NAE_ERA_R-2078_Sihtasutus_Eesti_Kontsert, lk 175
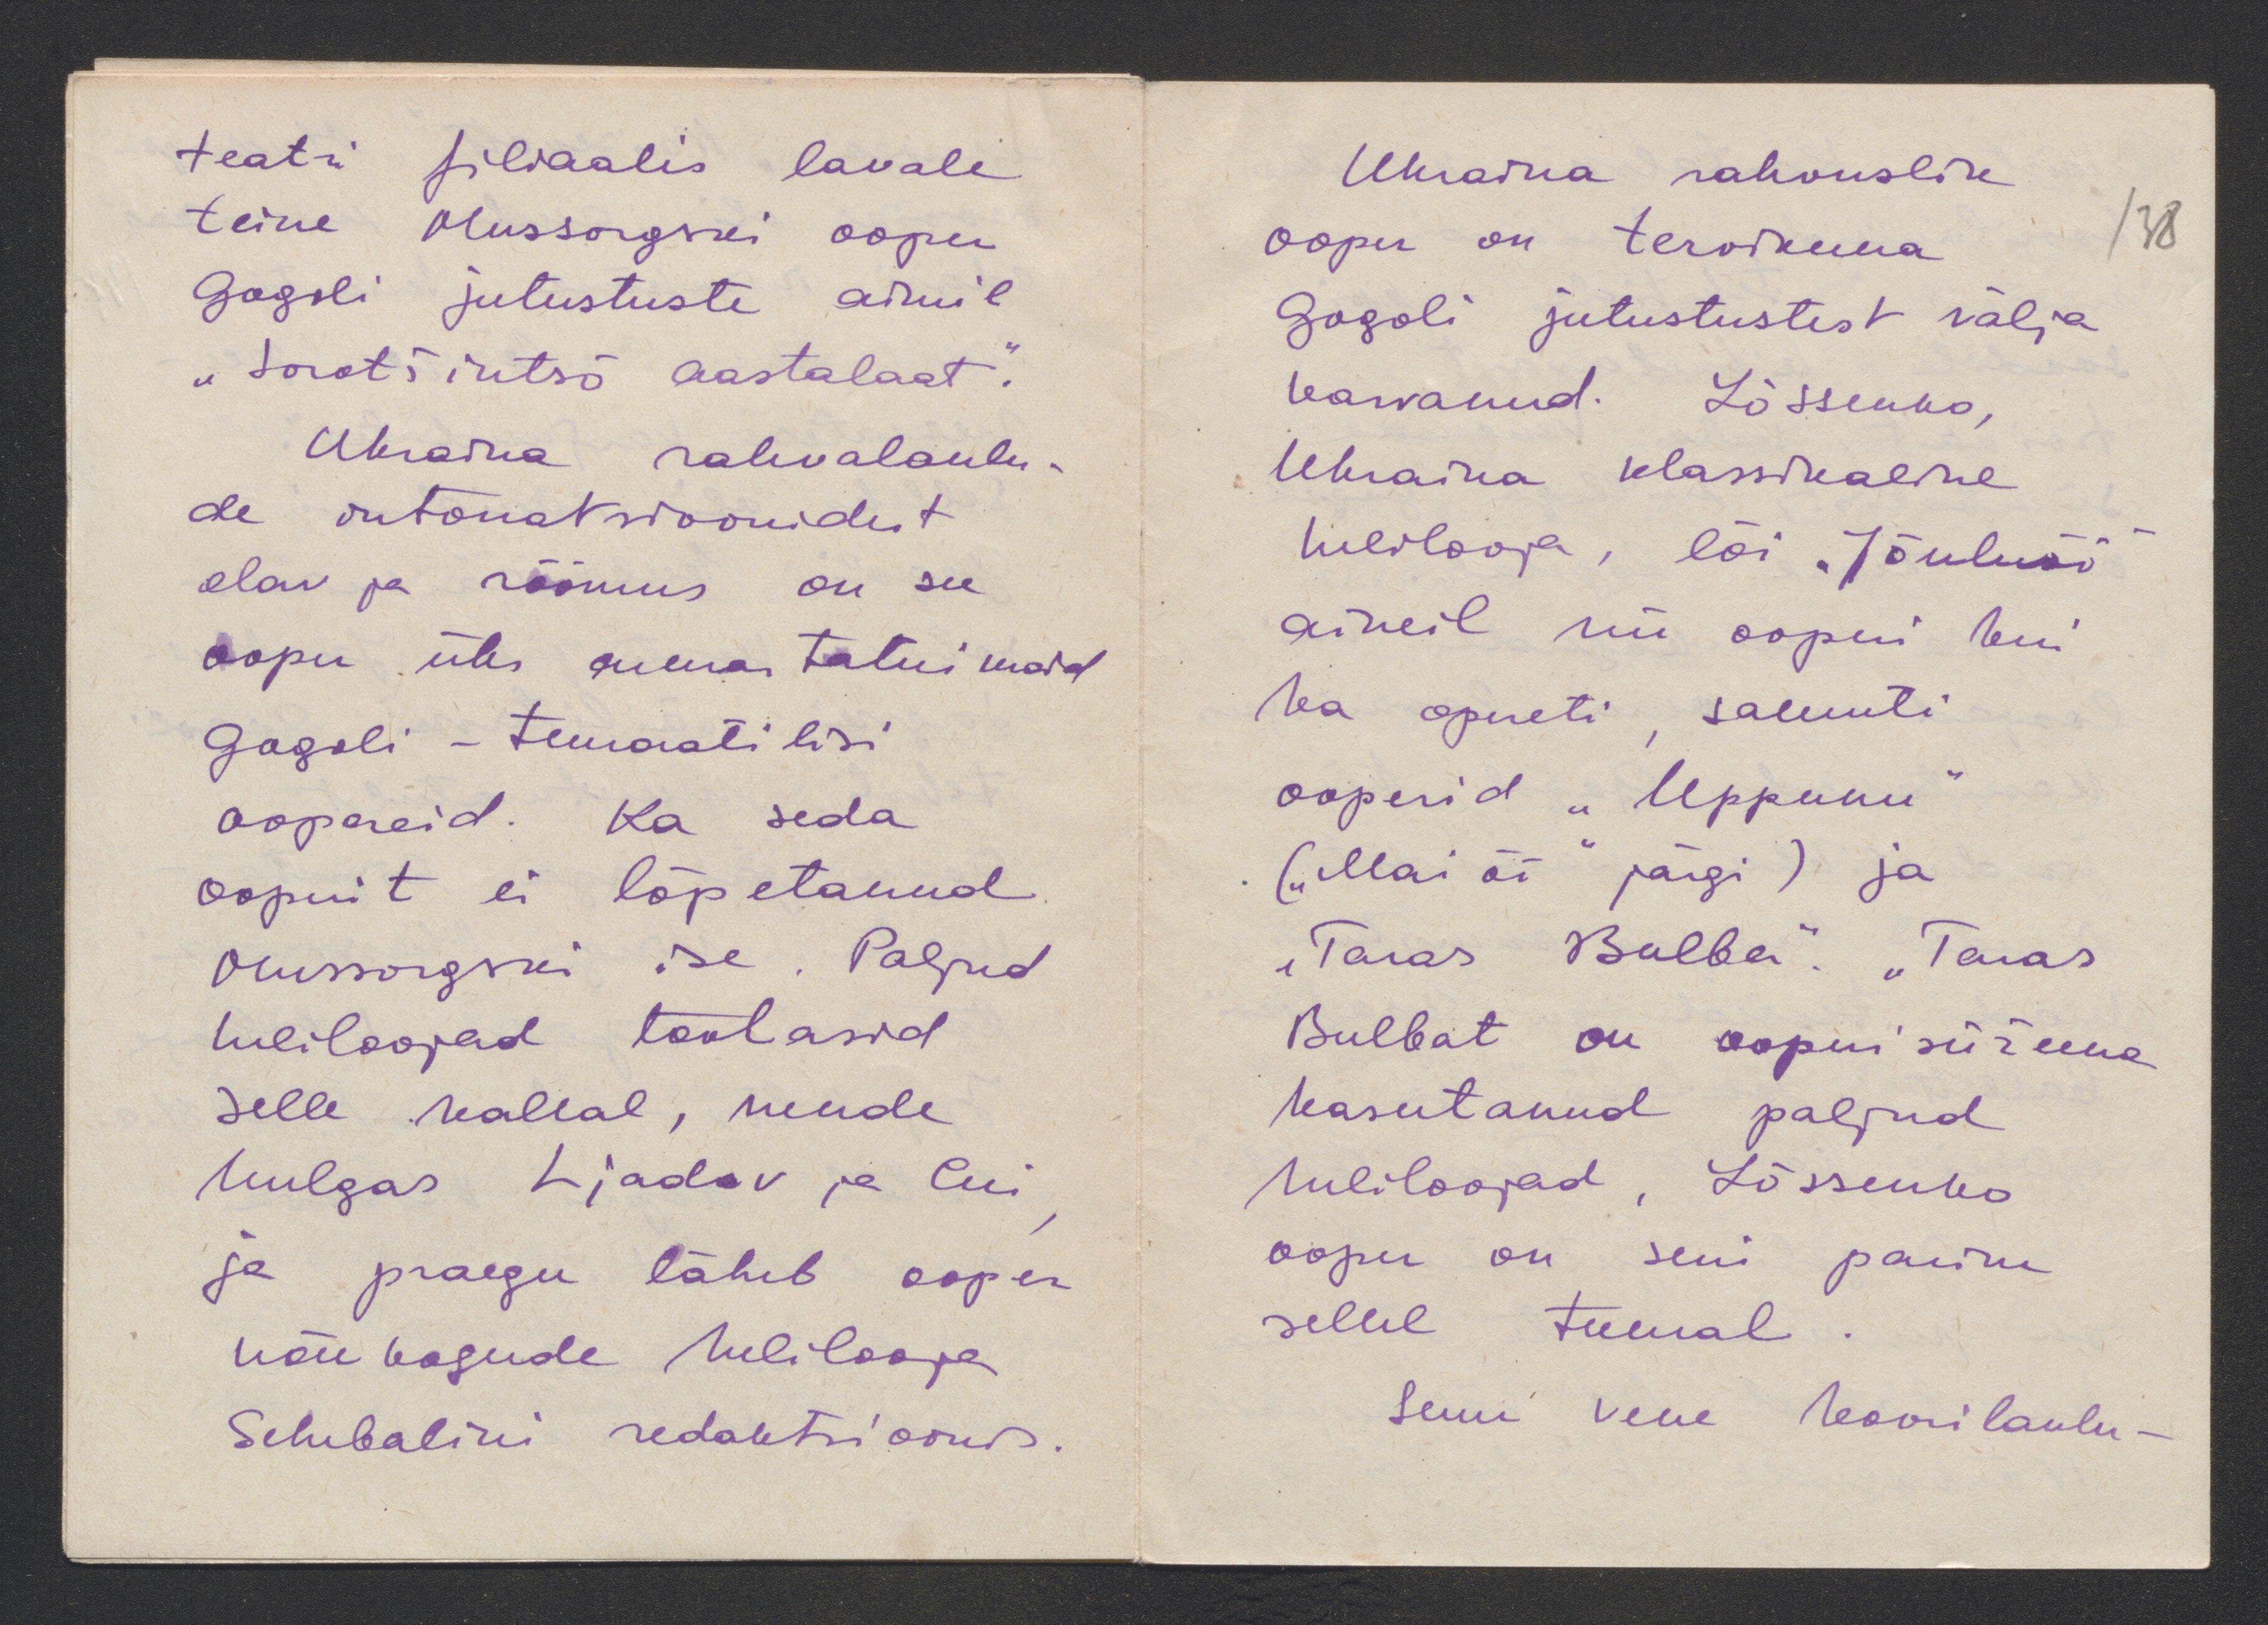
teatri filiaalis lavale
teine Mussorgski ooper
Gogoli jutustuste aineil
"Sorotšintsõ aastalaat."
Ukraina rahvalaulu-
de intonatsioonidest
elav ja rõõmus on see
ooper. Üks armastatuimaid
Gogoli - temaatilisi
oopereid. Ka seda
ooperit ei lõpetanud
Mussorgski ise. Paljud
heliloojad töötasid
selle kallal, nende
hulgas Ljadov ja Cui
ja praegu läheb ooper
nõukogude helilooja
Schebalini redaktsioonis.

Ukraina rahvuslik
ooper on tervikuna
/38
Gogoli jutustustest välja
kasvanud. Lõssenko,
Ukraina klassikaline
helilooja, lõi "Jõuluöö"
aineil nii ooperi kui
ka opereti samuti
ooperid "Uppunu"
( "Mai öö" järgi) ja
"Taras Bulba". "Taras
Bulbat on ooperi süžeena
kasutanud paljud
heliloojad, Lõssenko
ooper on seni parim
sellel teemal.
Seni vene koorilaulu-